Malaria in the Punjab - Number 46
Disease focus: Malaria
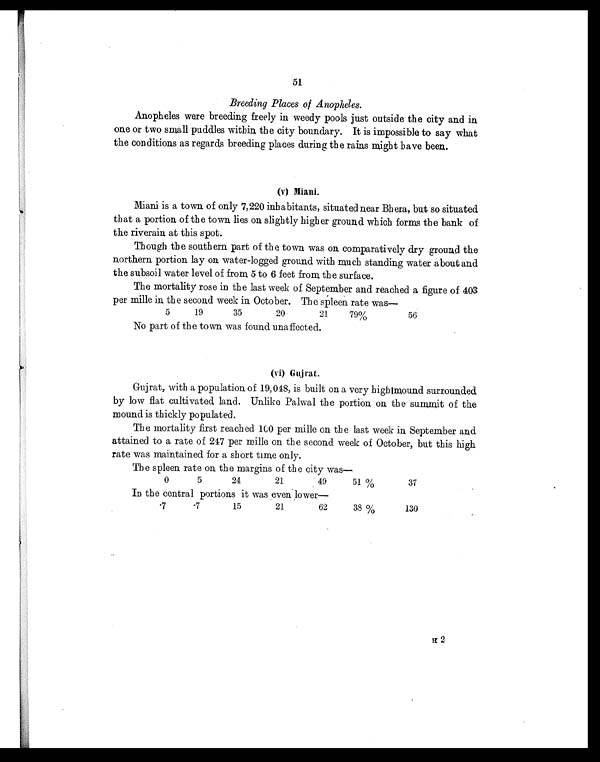
51
Breeding Places of Anopheles.
Anopheles were breeding freely in weedy pools just outside the city and in
one or two small puddles within the city boundary. It is impossible to say what
the conditions as regards breeding places during the rains might have been.
(v) Miani.
Miani is a town of only 7,220 inhabitants, situated near Bhera, but so situated
that a portion of the town lies on slightly higher ground which forms the bank of
the riverain at this spot.
Though the southern part of the town was on comparatively dry ground the
northern portion lay on water-logged ground with much standing water about and
the subsoil water level of from 5 to 6 feet from the surface.
The mortality rose in the last week of September and reached a figure of 403
per mille in the second week in October. The spleen rate was
—
5
19
35
20
21
7 9 %
56
No part of the town was found unaffected.
(vi) Gujrat.
Gujrat, with a population of 19,048, is built on a very high mound surrounded
by low flat cultivated land. Unlike Palwal the portion on the summit of the
mound is thickly populated.
The mortality first reached 100 per mille on the last week in September and
attained to a rate of 247 per mille on the second week of October, but this high
rate was maintained for a short time only.
The spleen rate on the margins of the city was
—
0
5
24
21
49
51%
37
In the central portions it was even lower—
.7
. 7
15
21
62
38%
130
H 2